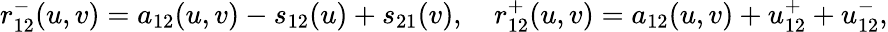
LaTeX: r_{12}^{-}(u,v)=a_{12}(u,v)-s_{12}(u)+s_{21}(v),\mathrm{~\ \ \ }r_{12}^{+}(u,v)=a_{12}(u,v)+u_{12}^{+}+u_{12}^{-},